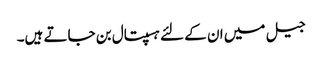
جیل میں ان کے لئے ہسپتال بن جاتے ہیں۔